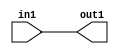
`timescale 1ps / 1ps

// Generated by Cadence Genus(TM) Synthesis Solution 17.11-s014_1
// Generated on: May  3 2021 01:25:40 CST (May  2 2021 17:25:40 UTC)

module SobelFilter_Add_6U_8_4(in1, out1);
  input [5:0] in1;
  output [5:0] out1;
  wire [5:0] in1;
  wire [5:0] out1;
  assign out1[0] = in1[0];
  assign out1[1] = in1[1];
  assign out1[2] = in1[2];
  assign out1[3] = in1[3];
  assign out1[4] = in1[4];
  assign out1[5] = in1[5];
endmodule